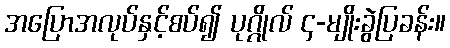
အပြောအလုပ်နှင့်စပ်၍ ပုဂ္ဂိုလ် ၄-မျိုးခွဲပြခန်း။